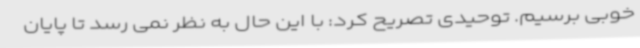
خوبی برسیم. توحیدی تصریح کرد: با این حال به نظر نمی رسد تا پایان